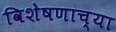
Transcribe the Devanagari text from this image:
विशेषणाच्या